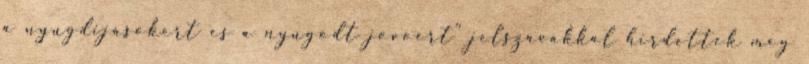
a nyugdijasokert es a nyugodt jovoert" jelszavakkal hirdettek meg